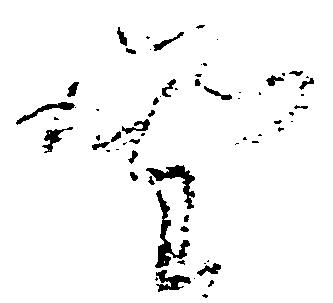
野